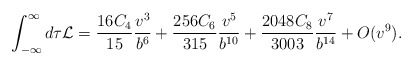
\begin{align*}\int_{-\infty}^\infty d \tau {\cal L} =\frac{16 C_4}{15} \frac{v^3}{b^6}+ \frac{256 C_6}{315} \frac{v^5}{b^{10}} + \frac{2048 C_8}{3003} \frac{v^7}{b^{14}}+ O(v^9).\end{align*}